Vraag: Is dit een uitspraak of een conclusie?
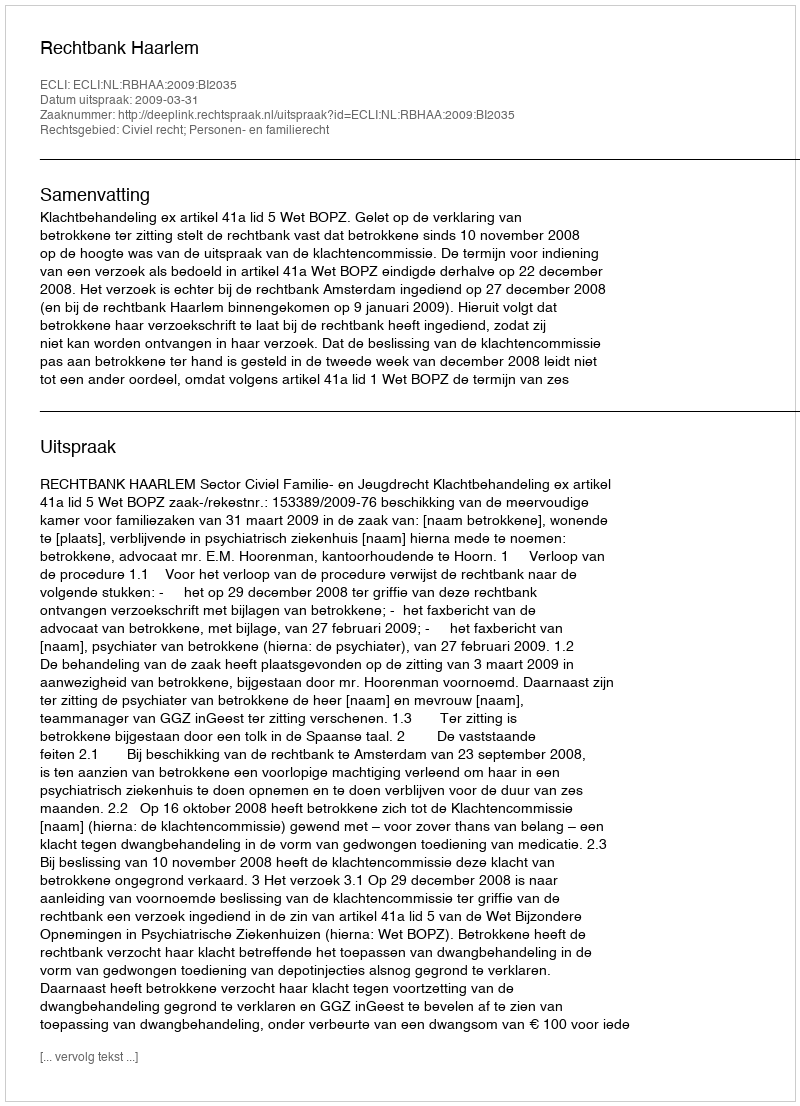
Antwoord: Uitspraak